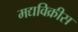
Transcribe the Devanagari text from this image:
मद्यविक्रीस